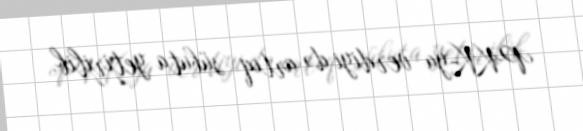
PKK-ya verdiyi də artıq sübuta yetirilib.